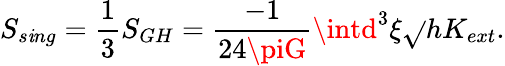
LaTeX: S_{s\mathit{i}ng}={\frac{{1}}{{3}}}S_{GH}={\frac{{-1}}{{24\piG}}}\intd^{3}\xi\sqrt{}{{h}}K_{ext}.